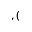
, (